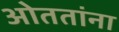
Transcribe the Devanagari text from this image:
ओततांना